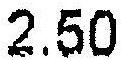
2.50